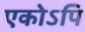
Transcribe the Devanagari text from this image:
एकोऽपि